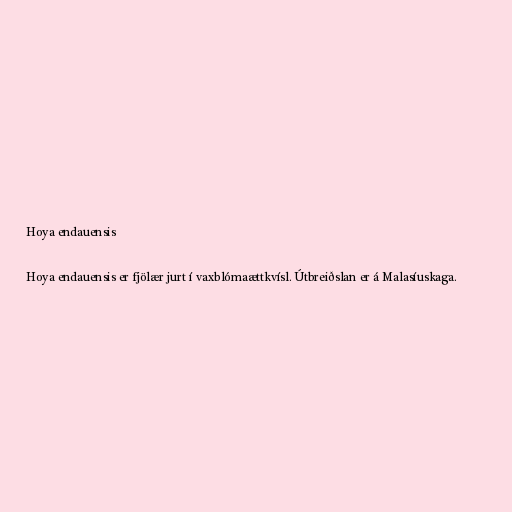
Hoya endauensis

Hoya endauensis er fjölær jurt í vaxblómaættkvísl. Útbreiðslan er á Malasíuskaga.